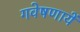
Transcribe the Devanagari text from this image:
गवेषणायें